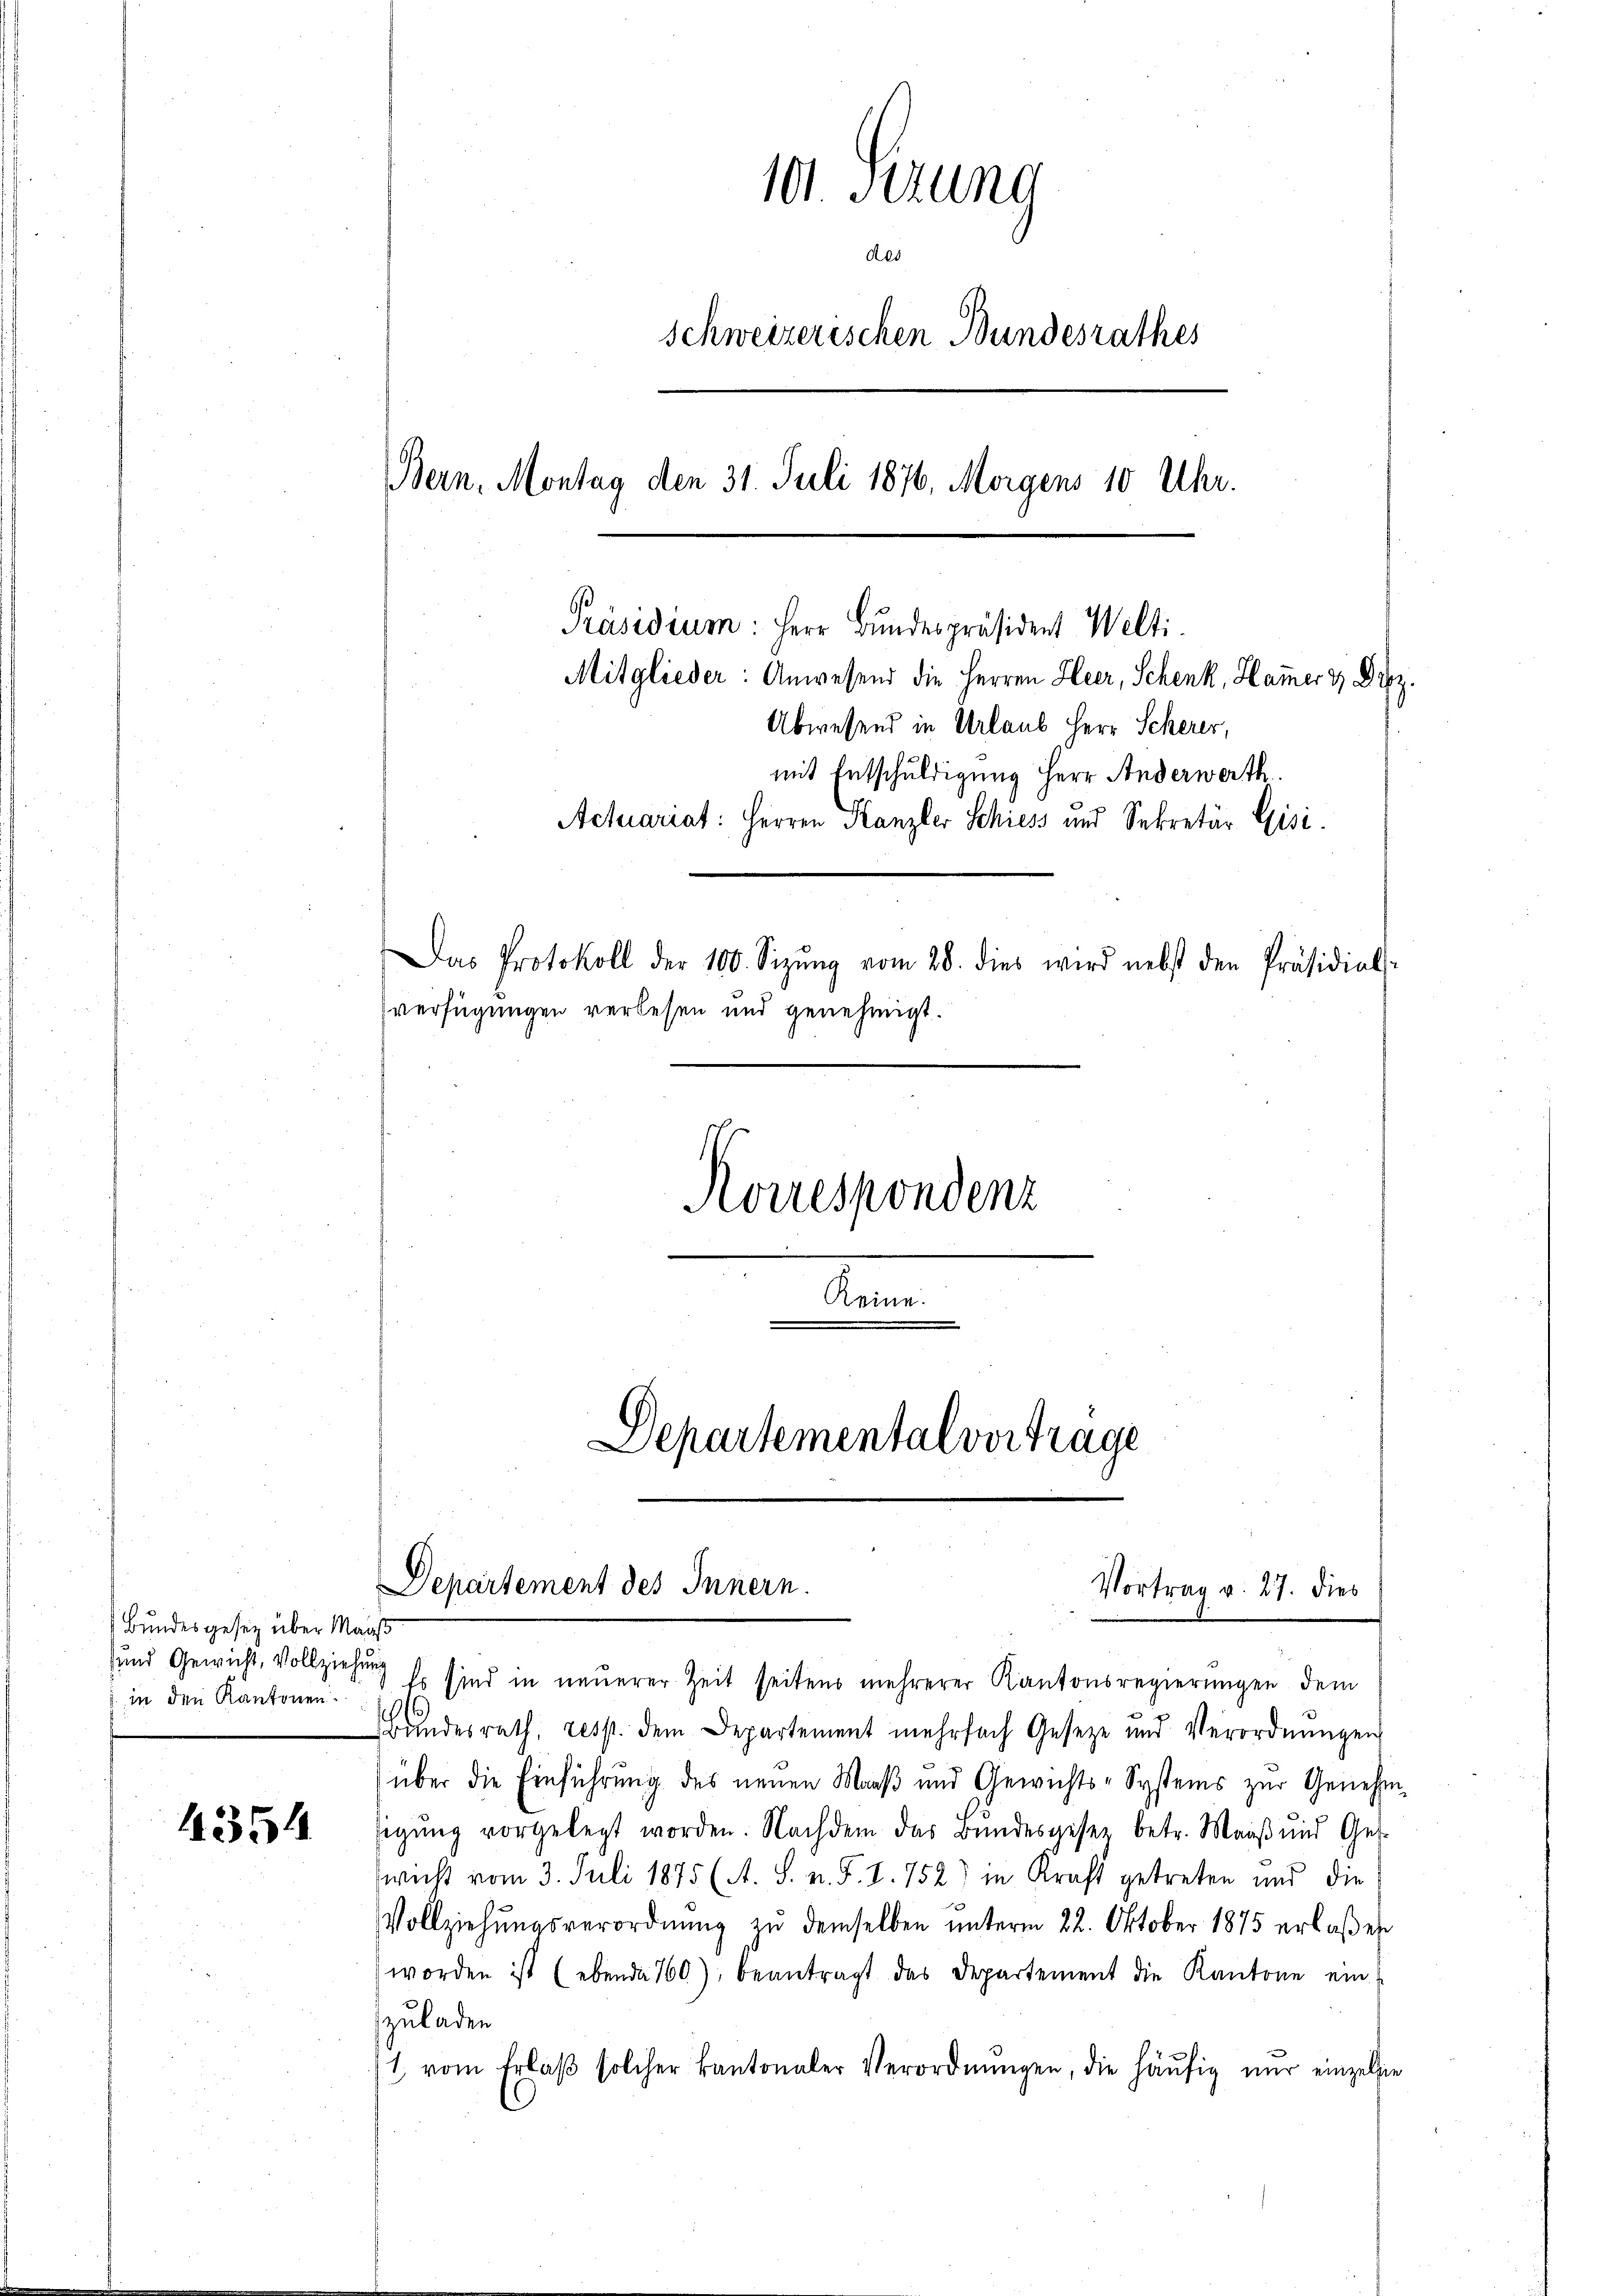
4354

101. Stund
de
schweizerischen Bundesrathes
Bern. Montag den 31. Juli 1876, Morgens 10 Uhr.
Präsidium: Herr Bundespräsident Welti
Mitglieder: Anwesend die Herren Heer, Schenk, Hammer & Dez.
Abwesend in Urlaub Herr Scherer,
mit Entschuldigung Herr Anderwerth
Actuariat: Herren Kanzler Schiess und Sekretär Gisi
Das Protokoll der 100. Sizŭng vom 28. dies wird nebst den Präsidial-
verfügungen verlesen und genehmigt.
Korrespondenz

Bundesgesez über Maass
und Gewicht, Vollziehung
in den Kantonen.

Departemental vortrage

Keine.

Departement des Innern.
Vortrag v. 27. Dies

Es sind in neuerer Zeit seitens mehrerer Kantonsregierungen dem
Bundesrath, resp. dem Departement mehrfach Geseze und Verordnŭngen
über die Einführung des neuen Maaß und Gewichts-Systems zur Genehm
sigŭng vorgelegt worden. Nachdem das Bŭndesgeser betr. Maaβ ŭnd Ges.
wicht vom 3. Juli 1875 (A. S. n. F. I. 752) in Kraft getreten und die
Vollziehŭngsverordnŭng zŭ demselben ŭnterm 22. Oktober 1875 erlaßen
worden ist (ebenda 760), beantragt das Departement die Kantone ein
zuladen
1 vom Erlaβ solcher kantonaler Verordnŭngen, die häufig nŭr einzelne